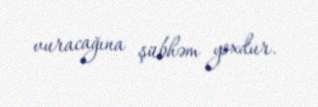
vuracağına şübhəm yoxdur.